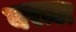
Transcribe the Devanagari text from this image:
वराडा